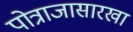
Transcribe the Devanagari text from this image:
पोत्राजासारखा